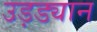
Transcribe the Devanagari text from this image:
उड़ड्यान